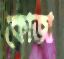
কোজা